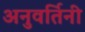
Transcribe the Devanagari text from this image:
अनुवर्तिनी